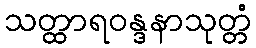
သတ္ထာရဝန္ဒနာသုတ္တံ